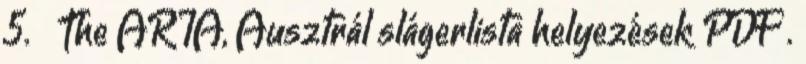
5. ↑ The ARIA, Ausztrál slágerlista helyezések PDF .